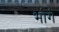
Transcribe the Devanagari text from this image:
भोगें